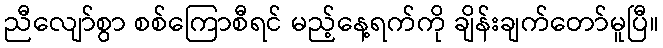
ညီလျော်စွာ စစ်ကြောစီရင် မည့်နေ့ရက်ကို ချိန်းချက်တော်မူပြီ။